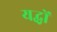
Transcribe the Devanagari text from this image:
यद्धों